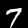
Label: 7